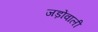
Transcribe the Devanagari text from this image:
जड़ोंवाली